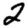
Digit: 2